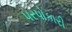
પરપોકારી